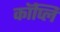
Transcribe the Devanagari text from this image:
कॉप्लि